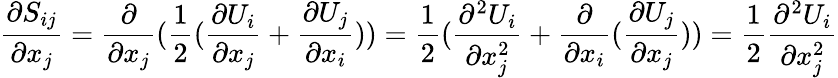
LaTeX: \frac{\partial S_{ij}}{\partial x_{j}}=\frac{\partial}{\partial x_{j}}(\frac{1}{2}(\frac{\partial U_{i}}{\partial x_{j}}+\frac{\partial U_{j}}{\partial x_{i}}))=\frac{1}{2}(\frac{\partial^{2}U_{i}}{\partial x_{j}^{2}}+\frac{\partial}{\partial x_{i}}(\frac{\partial U_{j}}{\partial x_{j}}))=\frac{1}{2}\frac{\partial^{2}U_{i}}{\partial x_{j}^{2}}